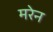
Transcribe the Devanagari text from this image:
मरेन